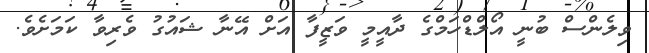
ވިލެންސް ބުނީ އޯލްޑްހަމްގެ ދާއީމީ ވަޒީފާ އަށް އޭނާ ޝައުގު ވެރިވާ ކަމަށެވެ.